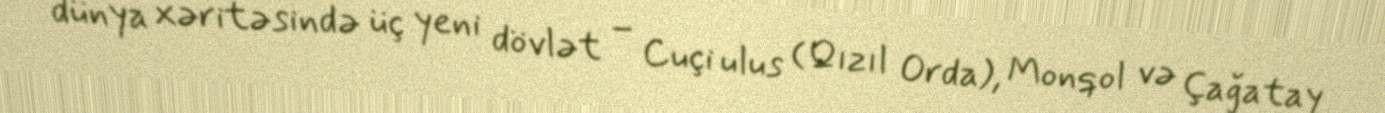
dünya xəritəsində üç yeni dövlət – Cuçi ulus (Qızıl Orda), Monqol və Çağatay